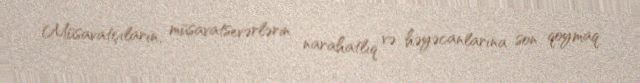
Müsavatçıların, müsavatsevərlərin narahatlıq və həyəcanlarına son qoymaq